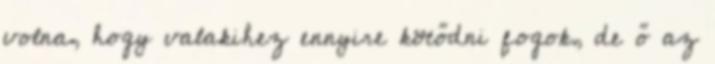
volna, hogy valakihez ennyire kötődni fogok, de ő az